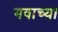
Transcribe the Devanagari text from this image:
भवाच्या